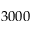
3 0 0 0